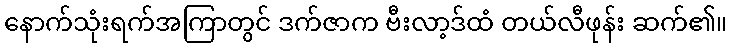
နောက်သုံးရက်အကြာတွင် ဒက်ဇာက ဗီးလာ့ဒ်ထံ တယ်လီဖုန်း ဆက်၏။